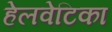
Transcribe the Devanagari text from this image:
हेलवेटिका